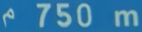
750 m